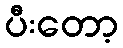
ပီးတော့